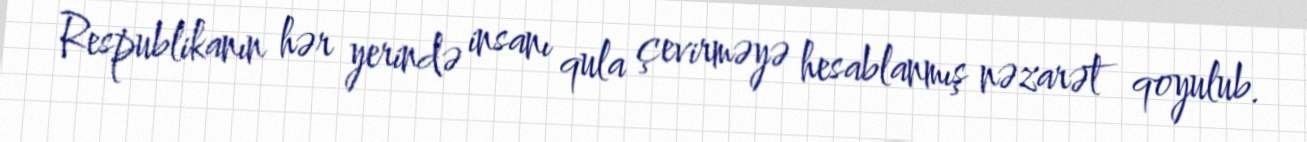
Respublikanın hər yerində insanı qula çevirməyə hesablanmış nəzarət qoyulub.